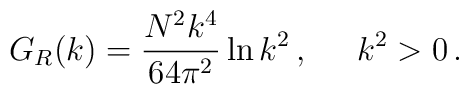
G_{R} (k) =  {N^2 k^4\over 64 \pi^2} \ln{k^2}\,,\;\;\;\;\; k^2 >0\,.